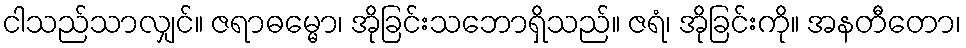
ငါသည်သာလျှင်။ ဇရာဓမ္မော၊ အိုခြင်းသဘောရှိသည်။ ဇရံ၊ အိုခြင်းကို။ အနတီတော၊